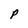
Character: P